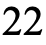
22